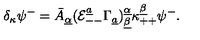
\delta _ { \kappa } \psi ^ { - } = \bar { A } _ { \underline { \alpha } } ( { \cal E } _ { -- } ^ { \underline { a } } \Gamma _ { \underline { a } } ) _ { \underline { \beta } } ^ { \underline { \alpha } } \kappa _ { + + } ^ { \underline { \beta } } \psi ^ { - } .